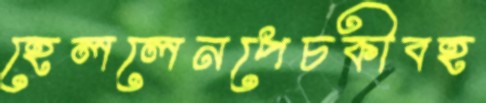
হেললেনপেচকীবহ